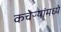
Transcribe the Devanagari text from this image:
कचेऱ्यांमध्ये